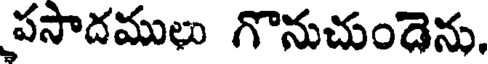
పసాదములు గొనుచుండెను.